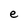
Character: e